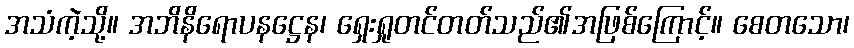
အသံကဲ့သို့။ အဘိနိရောပနဋ္ဌေန၊ ရှေးရှုတင်တတ်သည်၏အဖြစ်ကြောင့်။ စေတသော၊